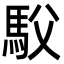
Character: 䭸